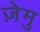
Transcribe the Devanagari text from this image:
ज़ेमु